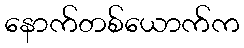
နောက်တစ်ယောက်က